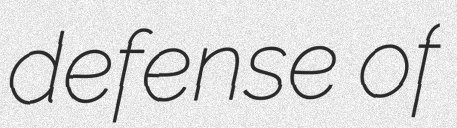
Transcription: defense of